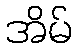
အိမ်